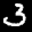
Label: 3